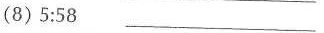
(8)5:58 ___